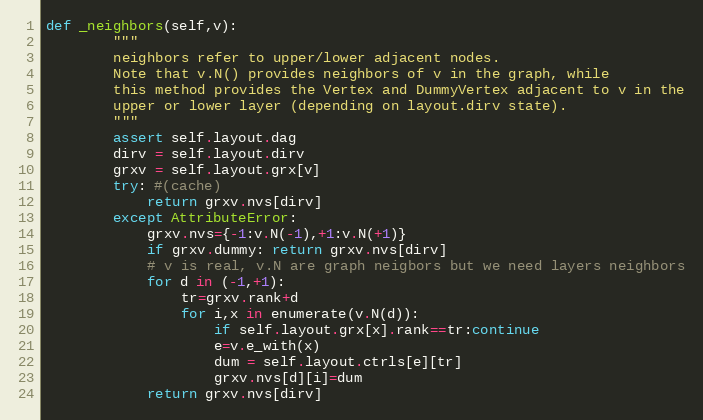
Language: Python
def _neighbors(self,v):
        """
        neighbors refer to upper/lower adjacent nodes.
        Note that v.N() provides neighbors of v in the graph, while
        this method provides the Vertex and DummyVertex adjacent to v in the
        upper or lower layer (depending on layout.dirv state).
        """
        assert self.layout.dag
        dirv = self.layout.dirv
        grxv = self.layout.grx[v]
        try: #(cache)
            return grxv.nvs[dirv]
        except AttributeError:
            grxv.nvs={-1:v.N(-1),+1:v.N(+1)}
            if grxv.dummy: return grxv.nvs[dirv]
            # v is real, v.N are graph neigbors but we need layers neighbors
            for d in (-1,+1):
                tr=grxv.rank+d
                for i,x in enumerate(v.N(d)):
                    if self.layout.grx[x].rank==tr:continue
                    e=v.e_with(x)
                    dum = self.layout.ctrls[e][tr]
                    grxv.nvs[d][i]=dum
            return grxv.nvs[dirv]